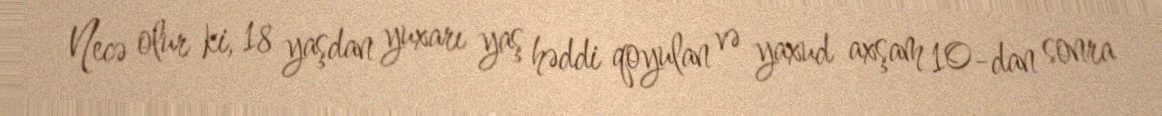
Necə olur ki, 18 yaşdan yuxarı yaş həddi qoyulan və yaxud axşam 10-dan sonra